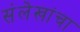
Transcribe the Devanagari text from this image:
संलेखांचा